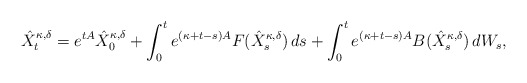
\begin{align*} \hat{X}_t^{ \kappa, \delta } = e^{ t A } \hat{X}^{ \kappa, \delta }_0 + \int_0^t e^{ ( \kappa + t - s ) A } F( \hat{X}_s^{ \kappa, \delta } ) \, ds + \int_0^t e^{ ( \kappa + t - s ) A } B( \hat{X}_s^{ \kappa, \delta } ) \, dW_s ,\end{align*}